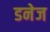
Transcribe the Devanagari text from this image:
डनेज